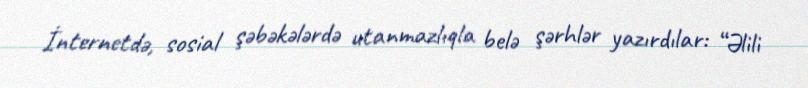
İnternetdə, sosial şəbəkələrdə utanmazlıqla belə şərhlər yazırdılar: “Əlili